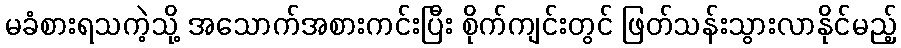
မခံစားရသကဲ့သို့ အသောက်အစားကင်းပြီး စိုက်ကျင်းတွင် ဖြတ်သန်းသွားလာနိုင်မည့်